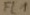
Text: FL1